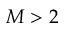
M > 2